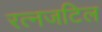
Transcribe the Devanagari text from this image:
रत्नजटिल